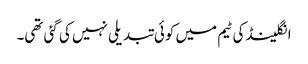
انگلینڈ کی ٹیم میں کوئی تبدیلی نہیں کی گئی تھی۔